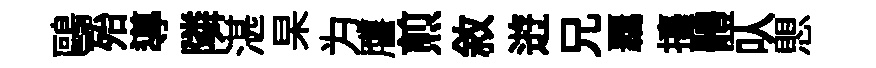
鷗殆導隣湛杲为譍煎敘逰兄覊擡體㕥愳